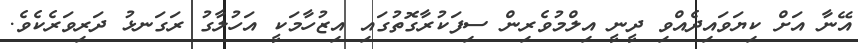
އޭނާ އަށް ކިޔަވައިދެއްވި ދީނީ އިލްމުވެރިން ސިފަކުރާގޮތުގައި އިޒުހާމަކީ އަހުލާގު ރަގަނޅު ދަރިވަރެކެވެ.